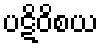
ပဋိဝိစယ